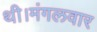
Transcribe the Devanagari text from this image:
थी।मंगलवार